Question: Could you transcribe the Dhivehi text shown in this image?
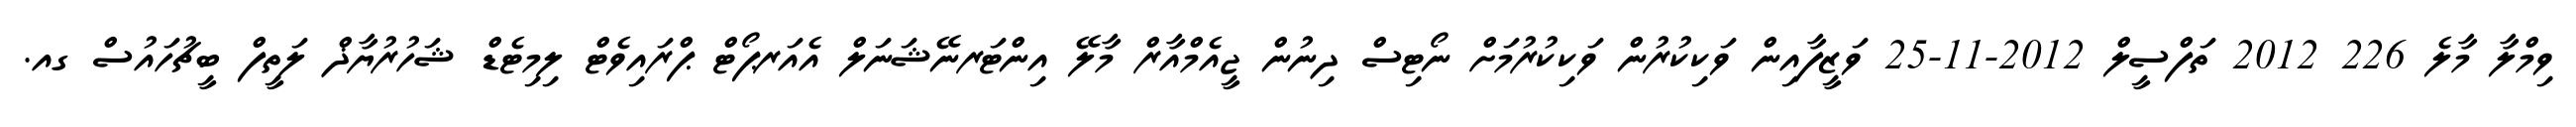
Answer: ވިމްލާ މާލެ 226 2012 ތަފްސީލް 2012-11-25 ވަޒީފާއިން ވަކިކުރުން ވަކިކުރުމަށް ނޯޓިސް ދިނުން ޖީއެމްއާރް މާލޭ އިންޓަރނޭޝަނަލް އެއަރޕޯޓް ޕްރައިވެޓް ލިމިޓެޑް ޝަހުރުޔާޛް ލަތީފް ބީޗުހައުސް ގއ.